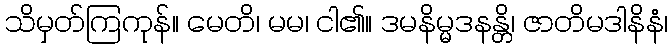
သိမှတ်ကြကုန်။ မေတိ၊ မမ၊ ငါ၏။ ဒမနိမ္မဒနန္တိ၊ ဇာတိမဒါနိနံ၊